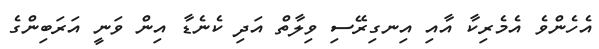
އެހެންވެ އެމެރިކާ އާއި އިނގިރޭސި ވިލާތް އަދި ކެނެޑާ އިން ވަނީ އަރަބިންގެ